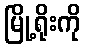
မြို့ရိုးကို